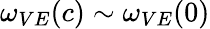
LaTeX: \omega_{VE}(c)\sim\omega_{VE}(0)